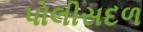
પોલીસદળ